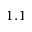
1 . 1